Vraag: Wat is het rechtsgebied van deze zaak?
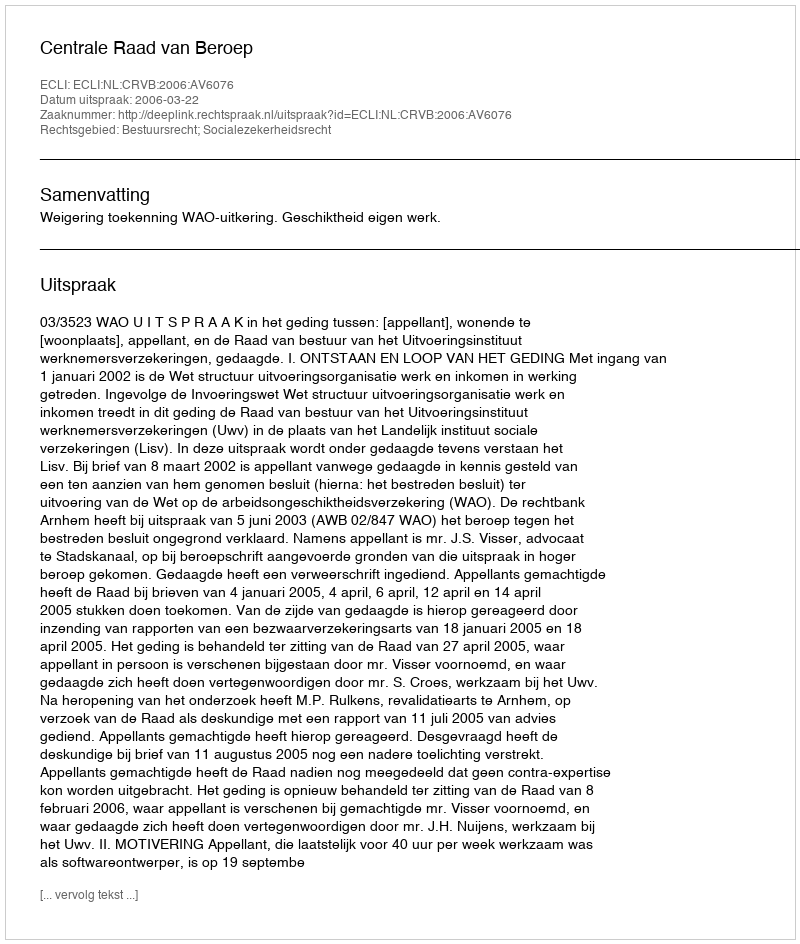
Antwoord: Bestuursrecht; Socialezekerheidsrecht